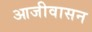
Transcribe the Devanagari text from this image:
आजीवासन